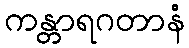
ကန္တာရဂတာနံ